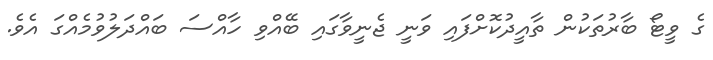
ގެ ވީޓޯ ބާރުތަކުން ތާއީދުކޮށްފައި ވަނީ ޖެނީވާގައި ބޭއްވި ހާއްސަ ބައްދަލުވުމެއްގަ އެވެ.